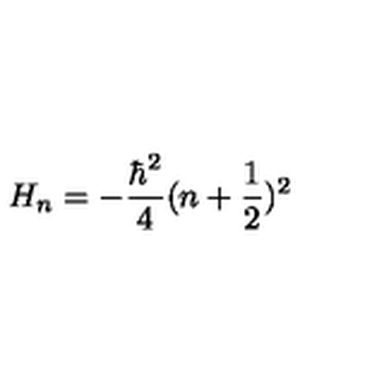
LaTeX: H _ { n } = - \frac { \hbar ^ { 2 } } { 4 } ( n + \frac { 1 } { 2 } ) ^ { 2 }